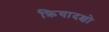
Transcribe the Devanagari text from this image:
क्रियादक्षो